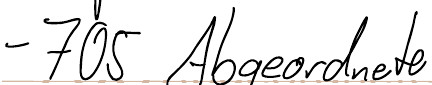
- 705 Abgeordnete